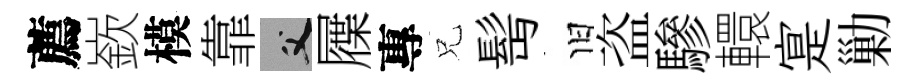
薦嶔模靠父屧專兄髩旧盗驂轘寔勦